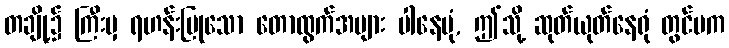
တချို့၌ ကြီးမှ ရဟန်းပြုသော တောထွက်အများ ပါနေပုံ, ဤသို့ ဆုတ်ယုတ်နေရုံ တွင်မက